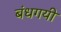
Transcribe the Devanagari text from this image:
बंधगयी